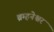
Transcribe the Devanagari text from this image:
ब्रम्हनेश्वर